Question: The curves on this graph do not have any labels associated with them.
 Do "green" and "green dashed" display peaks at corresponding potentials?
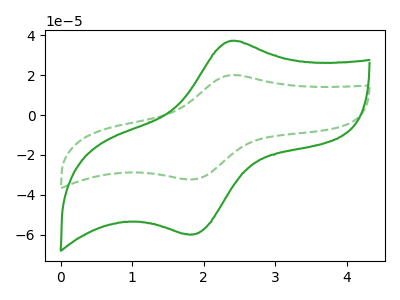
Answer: <think>The green curve "green" has an anodic peak at (2.40V, 37.20uA) and a cathodic peak at (1.80V, -59.80uA). The green dashed curve "green dashed" has an anodic peak at (2.40V, 20.05uA) and a cathodic peak at (1.80V, -32.20uA).</think>
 <answer>Yes, "green" have a peak in "green dashed" at the same potential.</answer>
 <eval>match</eval>